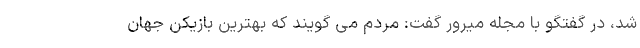
شد، در گفتگو با مجله میرور گفت: مردم می گویند که بهترین بازیکن جهان